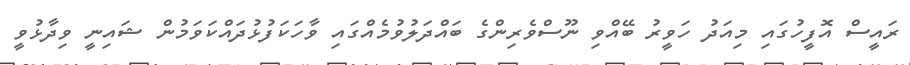
ރައީސް އޮފީހުގައި މިއަދު ހަވީރު ބޭއްވި ނޫސްވެރިންގެ ބައްދަލުވުމެއްގައި ވާހަކަފުޅުދައްކަވަމުން ޝައިނީ ވިދާޅުވީ